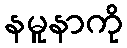
နမူနာကို